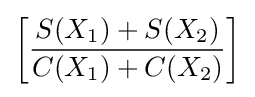
\left[{\frac {S(X_{1})+S(X_{2})}{C(X_{1})+C(X_{2})}}\right]